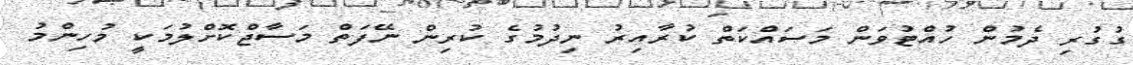
ގުގުރި ދެމުން ހުއްޓުވަން މަސައްކަތް ކުރާއިރު ނިދުމުގެ ކުރިން ނޭފަތް މަސާޖްކޮށްލުމަކީ މުހިންމު